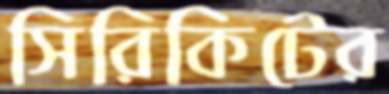
সিরিকিটের